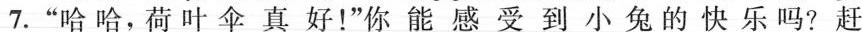
7.“哈哈，荷叶伞真好！”你能感受到小兔的快乐吗？赶